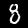
Digit: 8